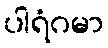
ပါရံဂမာ